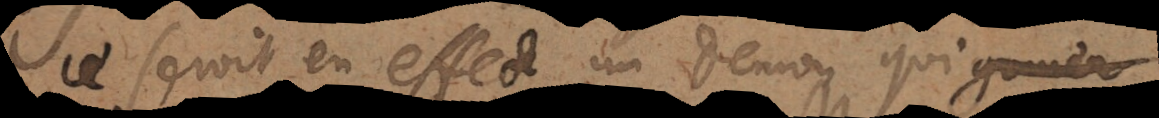
ce seroit en effect un demon qui go